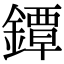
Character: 鐔